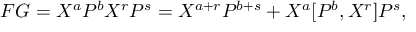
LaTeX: F G = X ^ { a } P ^ { b } X ^ { r } P ^ { s } = X ^ { a + r } P ^ { b + s } + X ^ { a } [ P ^ { b } , X ^ { r } ] P ^ { s } ,